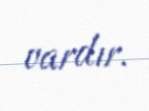
vardır.